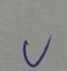
บ